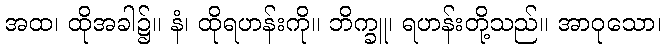
အထ၊ ထိုအခါ၌။ နံ၊ ထိုရဟန်းကို။ ဘိက္ခူ၊ ရဟန်းတို့သည်။ အာဝုသော၊